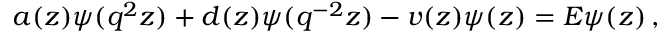
a ( z ) \psi ( q ^ { 2 } z ) + d ( z ) \psi ( q ^ { - 2 } z ) - v ( z ) \psi ( z ) = E \psi ( z ) \, ,